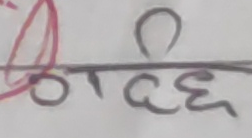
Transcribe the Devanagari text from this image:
गिच्छ